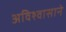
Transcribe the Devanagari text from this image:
अविश्वासाने